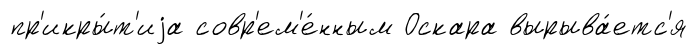
пр'икры́т'иjа совр'ем'е́нным Оскара вырыва́етс'я